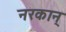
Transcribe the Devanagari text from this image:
नरकान्